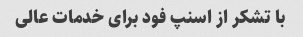
با تشکر از اسنپ فود برای خدمات عالی